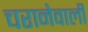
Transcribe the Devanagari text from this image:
चरानेवाली